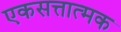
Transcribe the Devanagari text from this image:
एकसत्तात्मक